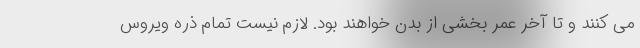
می کنند و تا آخر عمر بخشی از بدن خواهند بود. لازم نیست تمام ذره ویروسِ